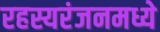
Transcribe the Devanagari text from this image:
रहस्यरंजनमध्ये